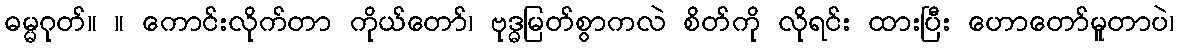
ဓမ္မဂုတ်။ ။ ကောင်းလိုက်တာ ကိုယ်တော်၊ ဗုဒ္ဓမြတ်စွာကလဲ စိတ်ကို လိုရင်း ထားပြီး ဟောတော်မူတာပဲ၊